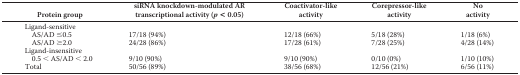
<table><thead><tr><td><b>Protein group</b></td><td><b>siRNA knockdown-modulated AR transcriptional activity (<i>p</i> &lt; 0.05)</b></td><td><b>Coactivator-like activity</b></td><td><b>Corepressor-like activity</b></td><td><b>No activity</b></td></tr></thead><tbody><tr><td>Ligand-sensitive</td><td></td><td></td><td></td><td></td></tr><tr><td>AS/AD ≤0.5</td><td>17/18 (94%)</td><td>12/18 (66%)</td><td>5/18 (28%)</td><td>1/18 (6%)</td></tr><tr><td>AS/AD ≥2.0</td><td>24/28 (86%)</td><td>17/28 (61%)</td><td>7/28 (25%)</td><td>4/28 (14%)</td></tr><tr><td>Ligand-insensitive</td><td></td><td></td><td></td><td></td></tr><tr><td>0.5 &lt; AS/AD &lt; 2.0</td><td>9/10 (90%)</td><td>9/10 (90%)</td><td>0/10 (0%)</td><td>1/10 (10%)</td></tr><tr><td>Total</td><td>50/56 (89%)</td><td>38/56 (68%)</td><td>12/56 (21%)</td><td>6/56 (11%)</td></tr></tbody></table>